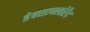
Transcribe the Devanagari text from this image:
हेक्साफ्लोरैद